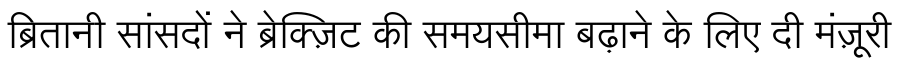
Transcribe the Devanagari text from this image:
ब्रितानी सांसदों ने ब्रेक्ज़िट की समयसीमा बढ़ाने के लिए दी मंज़ूरी